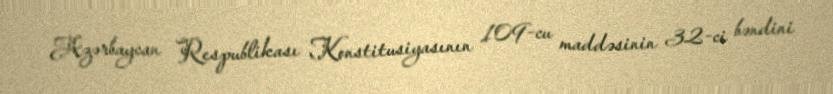
Azərbaycan Respublikası Konstitusiyasının 109-cu maddəsinin 32-ci bəndini